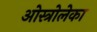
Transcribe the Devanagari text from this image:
ओस्त्रोलेका